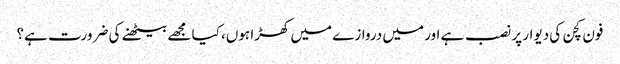
فون کچن کی دیوار پر نصب ہے اور میں دروازے میں کھڑا ہوں، کیا مجھے بیٹھنے کی ضرورت ہے؟